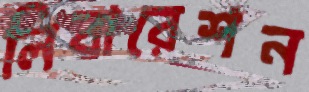
লিবারেশন